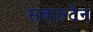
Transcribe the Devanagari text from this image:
सबार्ल्टन